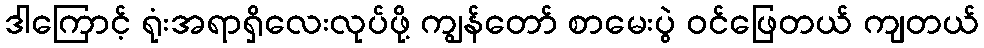
ဒါကြောင့် ရုံးအရာရှိလေးလုပ်ဖို့ ကျွန်တော် စာမေးပွဲ ဝင်ဖြေတယ် ကျတယ်